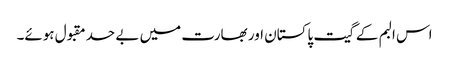
اس البم کے گیت پاکستان اور بھارت میں بے حد مقبول ہوئے۔